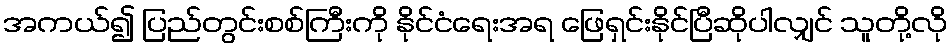
အကယ်၍ ပြည်တွင်းစစ်ကြီးကို နိုင်ငံရေးအရ ဖြေရှင်းနိုင်ပြီဆိုပါလျှင် သူတို့လို